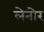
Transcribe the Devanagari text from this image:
लेनोर